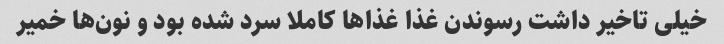
خیلی تاخیر داشت رسوندن غذا غذا‌ها کاملا سرد شده بود و نون‌ها خمیر